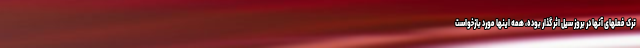
ترک فعلهای آنها در بروز سیل اثر گذار بوده، همه اینها مورد بازخواست